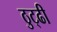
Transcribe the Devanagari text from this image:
ठुट्ढी